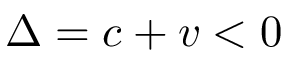
\Delta = c + v < 0